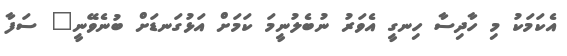
އެކަމަކު މި ހާދިސާ ހިނގީ އެވަރު ނުބެލުނީމަ ކަމަށް އަޅުގަނޑަށް ބުނެވޭނީ" ސަފާ